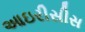
આઇરીસીસ